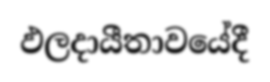
ඵලදායීතාවයේදී